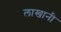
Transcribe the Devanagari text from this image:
लाखानी